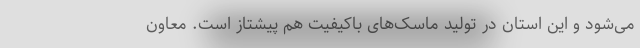
می‌شود و این استان در تولید ماسک‌های باکیفیت هم پیشتاز است. معاون